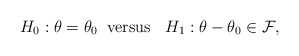
\begin{align*}H_0: \theta=\theta_0 \;\; \mathrm{versus} \;\; \ H_1: \theta-\theta_0 \in \mathcal{F},\end{align*}